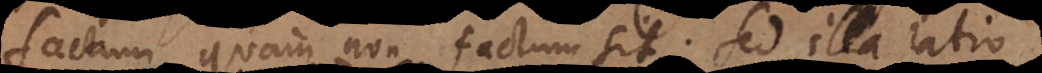
factum quam non factum sit. Sed illa ratio